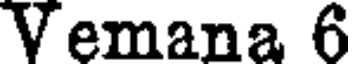
Vemana 6